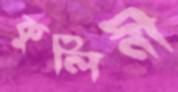
কুলিনী